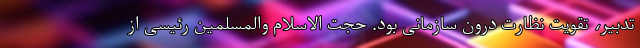
تدبیر، تقویت نظارت درون سازمانی بود. حجت الاسلام والمسلمین رئیسی از